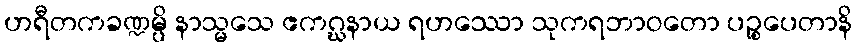
ဟရီတကခဏ္ဍမ္ပိ နာသ္မသေ ဧကဂ္ဃနာယ ရဟဿော သုကရဘာဝတော ပဉ္စပေတာနိ